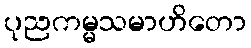
ပုညကမ္မသမာဟိတော